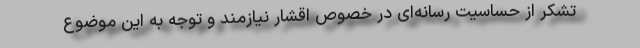
تشکر از حساسیت رسانه‌ای در خصوص اقشار نیازمند و توجه به این موضوع